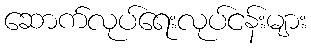
ဆောက်လုပ်ရေးလုပ်ငန်းများ